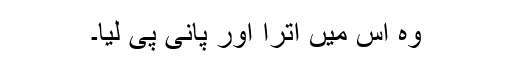
وہ اس میں اترا اور پانی پی لیا۔